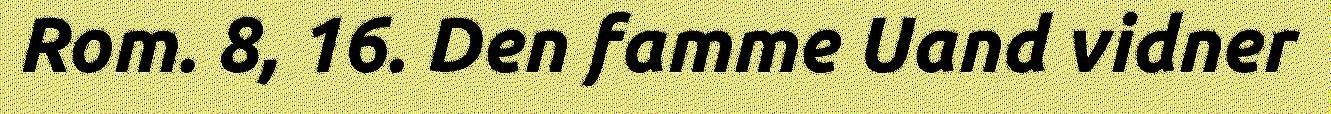
Rom. 8, 16. Den famme Uand vidner